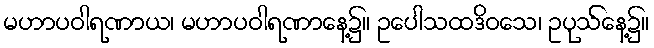
မဟာပဝါရဏာယ၊ မဟာပဝါရဏာနေ့၌။ ဥပေါသထဒိဝသေ၊ ဥပုသ်နေ့၌။